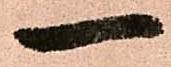
一